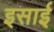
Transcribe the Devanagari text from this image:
इसार्इ